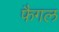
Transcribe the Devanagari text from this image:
फैगल